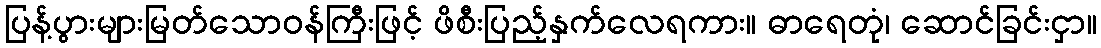
ပြန့်ပွားများမြတ်သောဝန်ကြီးဖြင့် ဖိစီးပြည့်နှက်လေရကား။ ဓာရေတုံ၊ ဆောင်ခြင်းငှာ။